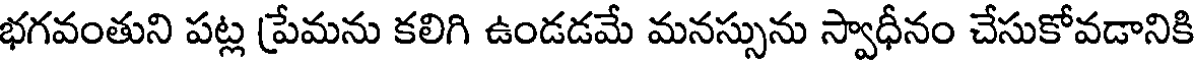
భగవంతుని పట్ల ప్రేమను కలిగి ఉండడమే మనస్సును స్వాధీనం చేసుకోవడానికి